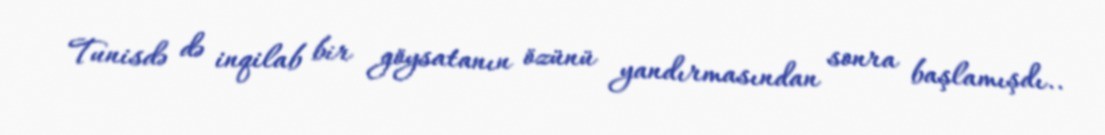
Tunisdə də inqilab bir göysatanın özünü yandırmasından sonra başlamışdı..